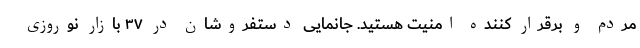
مردم و برقرار کننده امنیت هستید. جانمایی دستفروشان در ۳۷ بازار نوروزی